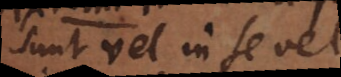
sunt vel in se vel